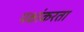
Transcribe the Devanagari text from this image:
पक्षांकरता